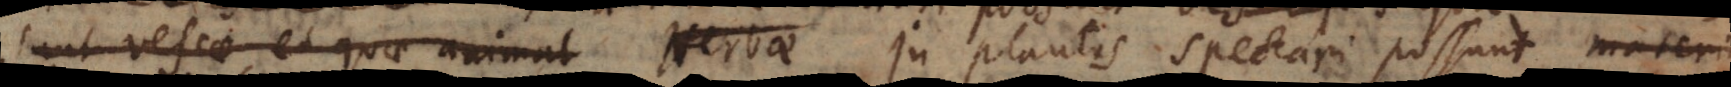
sunt vescae, et quae animal (c) Herbae In plantis spectari possu